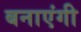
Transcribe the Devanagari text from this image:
बनाएंगी